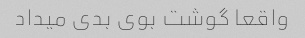
واقعا گوشت بوی بدی میداد